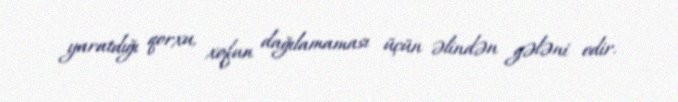
yaratdığı qorxu, xofun dağılamaması üçün əlindən gələni edir.